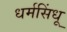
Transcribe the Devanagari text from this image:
धर्मसिंधू